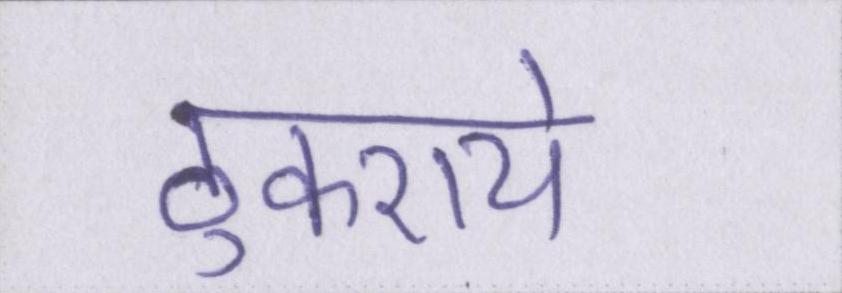
ठुकराये